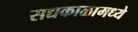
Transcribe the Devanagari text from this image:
सद्यकाळामध्ये